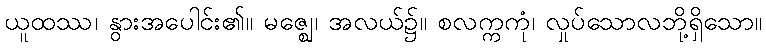
ယူထဿ၊ နွားအပေါင်း၏။ မဇ္ဈေ၊ အလယ်၌။ စလက္ကကုံ၊ လှုပ်သောလဘို့ရှိသော။